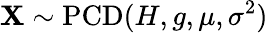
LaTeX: \mathbf{X}\sim\operatorname{PCD}(H,g,\mu,\sigma^{2})